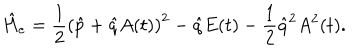
\hat { H } _ { e } = \frac { 1 } { 2 } \left( \hat { p } + \hat { q } A ( t ) \right) ^ { 2 } - \hat { q } E ( t ) - \frac { 1 } { 2 } \hat { q } ^ { 2 } A ^ { 2 } ( t ) .